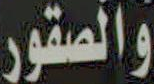
والصقور